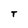
Character: T